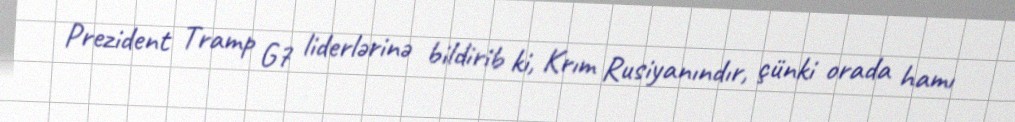
Prezident Tramp G7 liderlərinə bildirib ki, Krım Rusiyanındır, çünki orada hamı